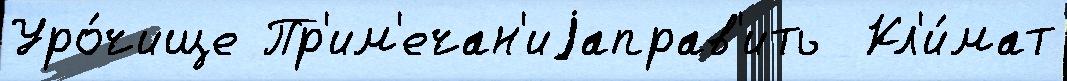
Уро́чище Пр'им'ечан'иjаправ'ить  Кл'и́мат